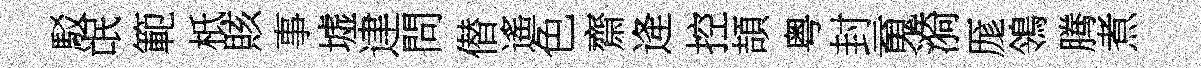
駁氓範柢賅事墟䢖問僣遙色齋逄控頡粤封䰟漪厖鴒腾煮